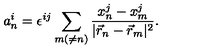
a _ { n } ^ { i } = \epsilon ^ { i j } \sum _ { m ( \neq n ) } \frac { x _ { n } ^ { j } - x _ { m } ^ { j } } { | \vec { r } _ { n } - \vec { r } _ { m } | ^ { 2 } } .